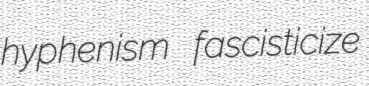
hyphenism fascisticize